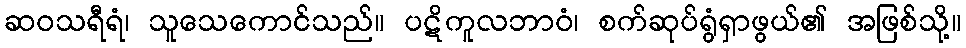
ဆဝသရီရံ၊ သူသေကောင်သည်။ ပဋိကူလဘာဝံ၊ စက်ဆုပ်ရွံရှာဖွယ်၏ အဖြစ်သို့။